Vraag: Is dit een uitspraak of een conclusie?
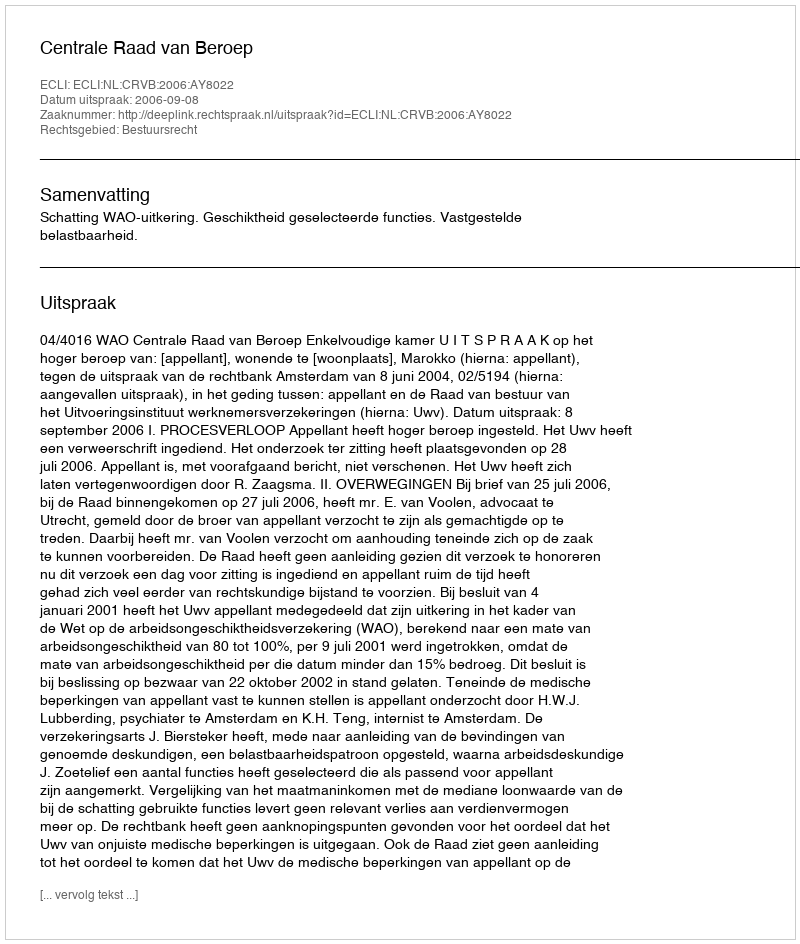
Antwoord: Uitspraak